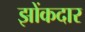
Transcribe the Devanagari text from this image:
झोंकदार